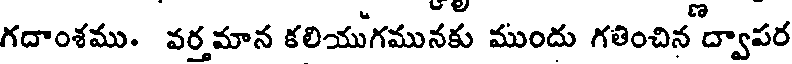
గదాంశము. వర్తమాన కలియుగమునకు ముందు గతించిన ద్వాపర